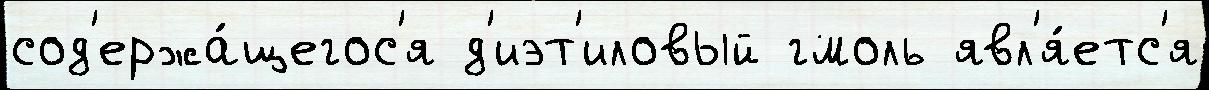
сод'ержа́щегос'я д'иэт'иловый гмоль явл'я́етс'я